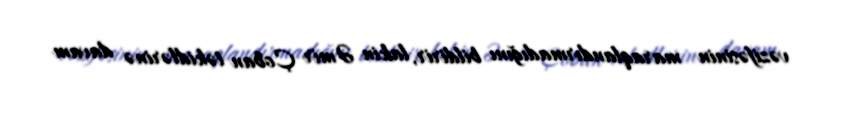
vəzifəsinin maraqlandırmadığını bildirir, lakin Əmir Çoban təkidlərinə davam